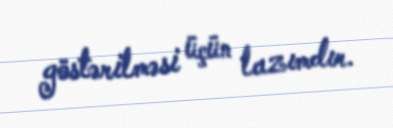
göstərilməsi üçün lazımdır.